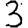
Digit: 3